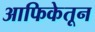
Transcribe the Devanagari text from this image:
आफिकेतून